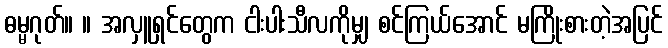
ဓမ္မဂုတ်။ ။ အလှူရှင်တွေက ငါးပါးသီလကိုမျှ စင်ကြယ်အောင် မကြိုးစားတဲ့အပြင်